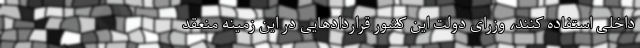
داخلی استفاده کنند، وزرای دولت این کشور قراردادهایی در این زمینه منعقد